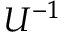
U ^ { - 1 }